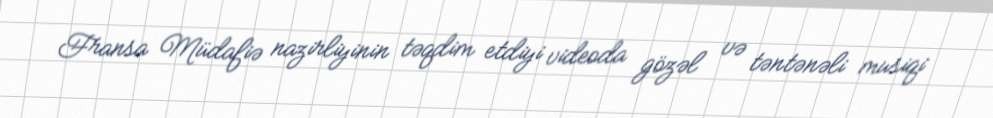
Fransa Müdafiə nazirliyinin təqdim etdiyi videoda gözəl və təntənəli musiqi